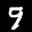
Label: 9